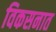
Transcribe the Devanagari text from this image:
विकसनात